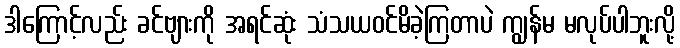
ဒါကြောင့်လည်း ခင်ဗျားကို အရင်ဆုံး သံသယဝင်မိခဲ့ကြတာပဲ ကျွန်မ မလုပ်ပါဘူးလို့